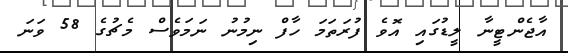
އާޖެންޓީނާ ލީޑުގައި އޮވެ ފުރަތަމަ ހާފް ނިމުނު ނަމަވެސް މެޗުގެ 58 ވަނަ